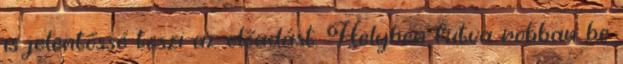
is jelentőssé teszi az előadást. Helyben futva robban be